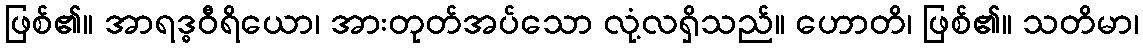
ဖြစ်၏။ အာရဒ္ဓဝီရိယော၊ အားတုတ်အပ်သော လုံ့လရှိသည်။ ဟောတိ၊ ဖြစ်၏။ သတိမာ၊